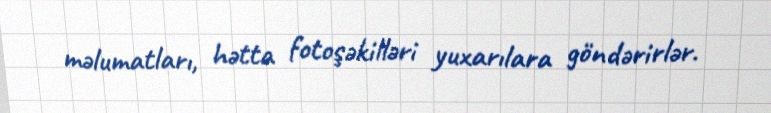
məlumatları, hətta fotoşəkilləri yuxarılara göndərirlər.